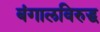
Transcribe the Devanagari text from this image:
बंगालविरुद्ध